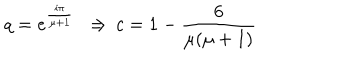
q = e ^ { \frac { i \pi } { \mu + 1 } } \ \ \Rightarrow \, c = 1 - \frac { 6 } { \mu ( \mu + 1 ) }